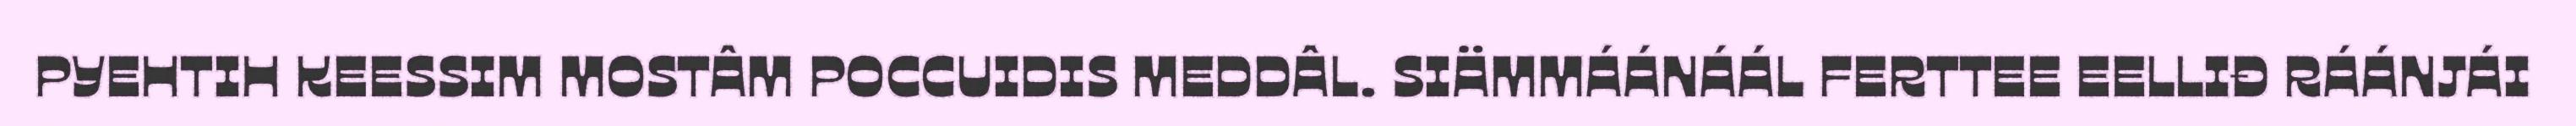
PYEHTIH KEESSIM MOSTÂM POCCUIDIS MEDDÂL. SIÄMMÁÁNÁÁL FERTTEE EELLIĐ RÁÁNJÁI